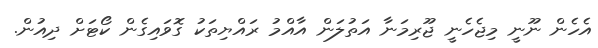
އެހެން ނޫނީ މިޖެހެނީ ޖޫރިމަނާ އަތުލަން އާއްމު ރައްޔިތަކު ގޮވައިގެން ކޯޓަށް ދިއުން.